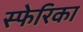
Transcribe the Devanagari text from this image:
स्फेरिका